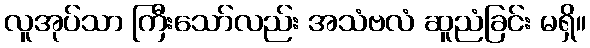
လူအုပ်သာ ကြီးသော်လည်း အသံဗလံ ဆူညံခြင်း မရှိ။